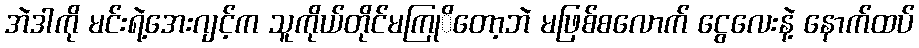
အဲဒါကို မင်းရဲ့အေးဂျင့်က သူကိုယ်တိုင်မကြုိတော့ဘဲ မဖြစ်စလောက် ငွေလေးနဲ့ နောက်ထပ်